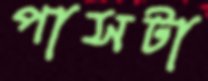
পাসটা